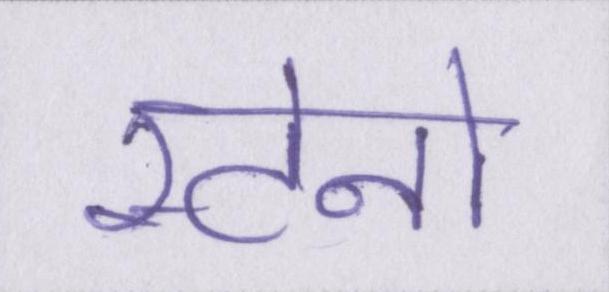
स्टेनो